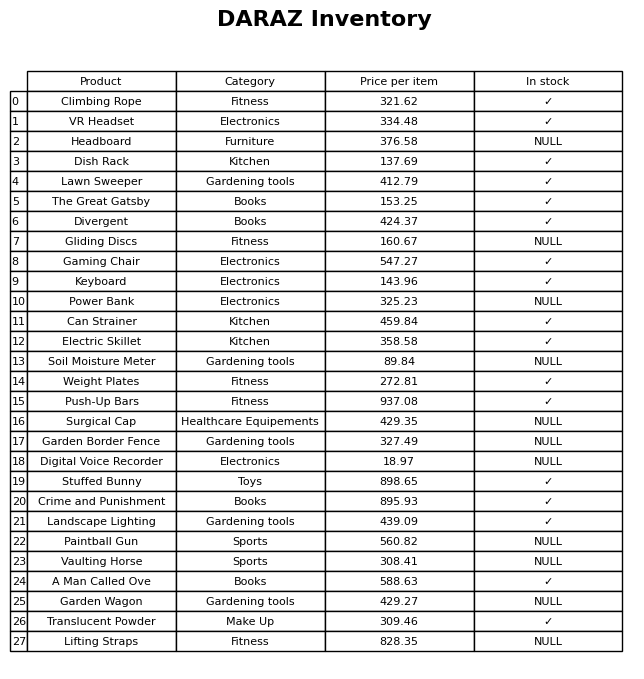
question: What category does the Vaulting Horse belong to?
answer: Sports